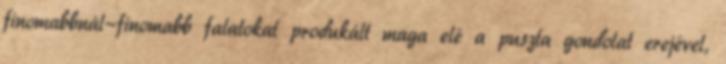
finomabbnál-finomabb falatokat produkált maga elé a puszta gondolat erejével,